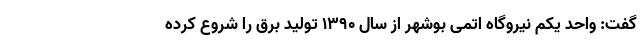
گفت: واحد یکم نیروگاه اتمی بوشهر از سال ۱۳۹۰ تولید برق را شروع کرده